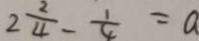
2 \frac { 2 } { 4 } - \frac { 1 } { 4 } = a